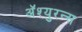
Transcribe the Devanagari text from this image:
अॅश्युरन्स